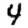
Digit: 4